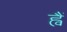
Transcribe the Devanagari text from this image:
ह्वैं